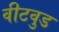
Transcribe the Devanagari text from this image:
वीटवुड